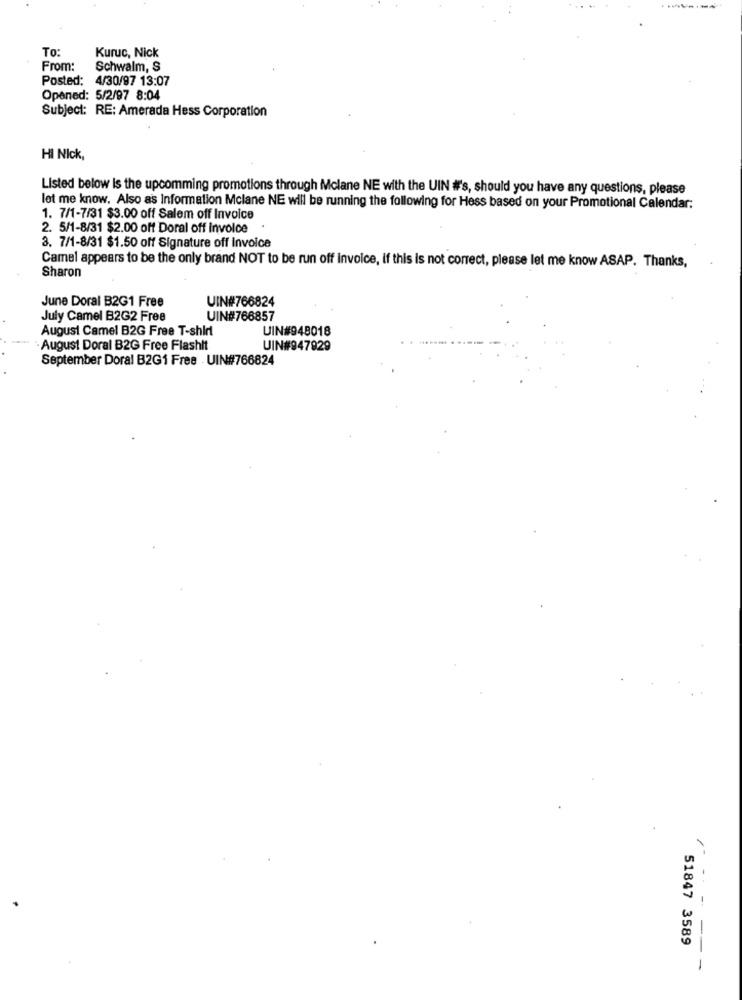
To
Kuruc, Nick
From:
Schwalm, S
Posted: 4/30/97 13:07
Opened: 5/2/97 8:04
Subject: RE: Amerada Hess Corporation
HI Nick,
Listed below is the upcomming promotions through Mclane NE with the UIN #'s, should you have any questions, please
let me know. Also as Information Mclane NE will be running the following for Hess based on your Promotional Calendar:
1. 7/1-7/31 $3.00 off Salem off Invoice
2. 5/1-8/31 $2.00 off Doral off Invoice
3. 7/1-8/31 $1.50 off Signature off invoice
Camel appears to be the only brand NOT to be run off invoice, if this is not correct, please let me know ASAP. Thanks,
Sharon
June Doral B2G1 Free
UIN#766824
July Camel B2G2 Free
UIN#766857
August Camel B2G Free T-shirt
UIN#948018
.August Doral B2G Free Flashit
UIN#947929
September Doral B2G1 Free . UIN#766824
. .
51847 3589
--